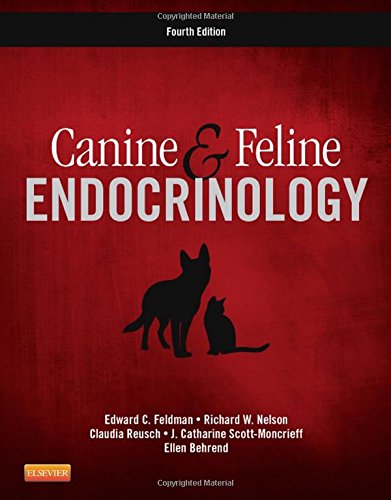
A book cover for Canine and Feline Endocrinology, 4e; Edward C. Feldman DVM  DACVIM; Medical Books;